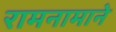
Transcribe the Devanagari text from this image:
रामनामाने